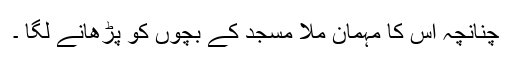
چنانچہ اس کا مہمان ملّا مسجد کے بچوں کو پڑھانے لگا ۔